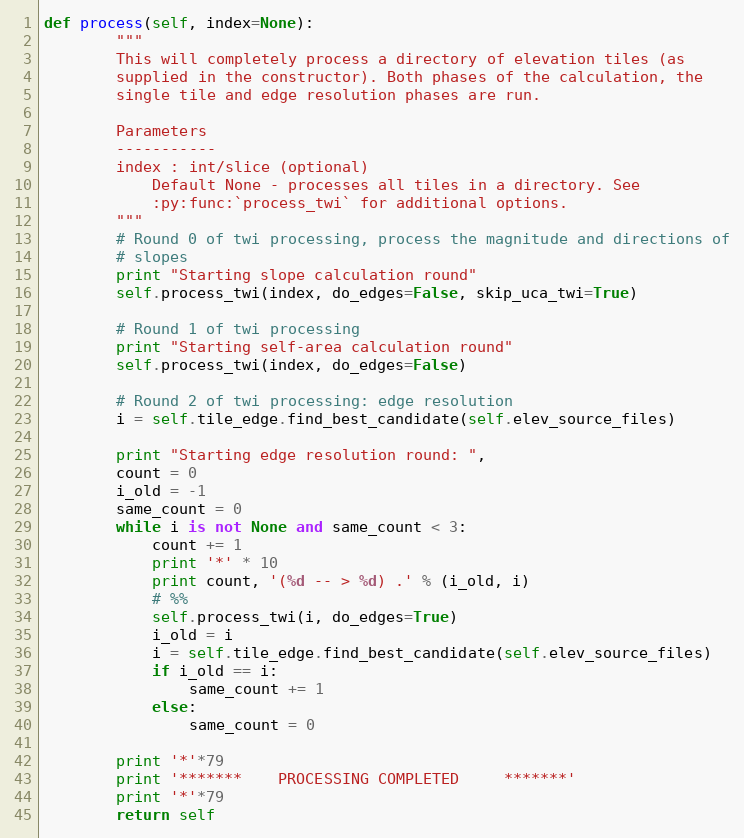
Language: Python
def process(self, index=None):
        """
        This will completely process a directory of elevation tiles (as
        supplied in the constructor). Both phases of the calculation, the
        single tile and edge resolution phases are run.

        Parameters
        -----------
        index : int/slice (optional)
            Default None - processes all tiles in a directory. See
            :py:func:`process_twi` for additional options.
        """
        # Round 0 of twi processing, process the magnitude and directions of
        # slopes
        print "Starting slope calculation round"
        self.process_twi(index, do_edges=False, skip_uca_twi=True)

        # Round 1 of twi processing
        print "Starting self-area calculation round"
        self.process_twi(index, do_edges=False)

        # Round 2 of twi processing: edge resolution
        i = self.tile_edge.find_best_candidate(self.elev_source_files)

        print "Starting edge resolution round: ",
        count = 0
        i_old = -1
        same_count = 0
        while i is not None and same_count < 3:
            count += 1
            print '*' * 10
            print count, '(%d -- > %d) .' % (i_old, i)
            # %%
            self.process_twi(i, do_edges=True)
            i_old = i
            i = self.tile_edge.find_best_candidate(self.elev_source_files)
            if i_old == i:
                same_count += 1
            else:
                same_count = 0

        print '*'*79
        print '*******    PROCESSING COMPLETED     *******'
        print '*'*79
        return self